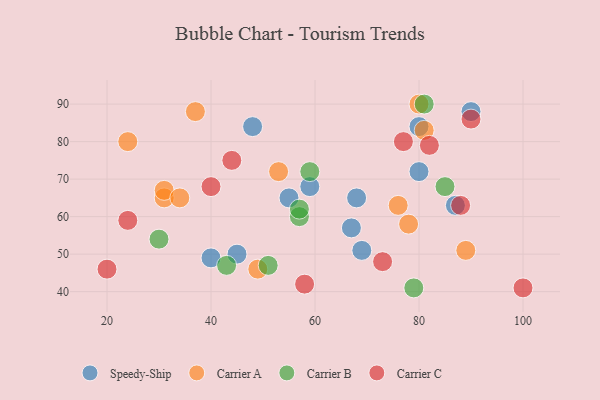
{"axis": {"x": "GDP", "y": "Life Expectancy"}, "legend": ["Carrier A", "Carrier B", "Carrier C", "Speedy-Ship"], "data": [{"x": "67", "y": 57, "type": "Speedy-Ship"}, {"x": "48", "y": 84, "type": "Speedy-Ship"}, {"x": "80", "y": 72, "type": "Speedy-Ship"}, {"x": "55", "y": 65, "type": "Speedy-Ship"}, {"x": "40", "y": 49, "type": "Speedy-Ship"}, {"x": "45", "y": 50, "type": "Speedy-Ship"}, {"x": "90", "y": 88, "type": "Speedy-Ship"}, {"x": "80", "y": 84, "type": "Speedy-Ship"}, {"x": "68", "y": 65, "type": "Speedy-Ship"}, {"x": "87", "y": 63, "type": "Speedy-Ship"}, {"x": "59", "y": 68, "type": "Speedy-Ship"}, {"x": "69", "y": 51, "type": "Speedy-Ship"}, {"x": "37", "y": 88, "type": "Carrier A"}, {"x": "81", "y": 83, "type": "Carrier A"}, {"x": "49", "y": 46, "type": "Carrier A"}, {"x": "24", "y": 80, "type": "Carrier A"}, {"x": "53", "y": 72, "type": "Carrier A"}, {"x": "80", "y": 90, "type": "Carrier A"}, {"x": "31", "y": 65, "type": "Carrier A"}, {"x": "31", "y": 67, "type": "Carrier A"}, {"x": "78", "y": 58, "type": "Carrier A"}, {"x": "89", "y": 51, "type": "Carrier A"}, {"x": "34", "y": 65, "type": "Carrier A"}, {"x": "76", "y": 63, "type": "Carrier A"}, {"x": "51", "y": 47, "type": "Carrier B"}, {"x": "81", "y": 90, "type": "Carrier B"}, {"x": "85", "y": 68, "type": "Carrier B"}, {"x": "79", "y": 41, "type": "Carrier B"}, {"x": "43", "y": 47, "type": "Carrier B"}, {"x": "30", "y": 54, "type": "Carrier B"}, {"x": "59", "y": 72, "type": "Carrier B"}, {"x": "57", "y": 60, "type": "Carrier B"}, {"x": "57", "y": 62, "type": "Carrier B"}, {"x": "73", "y": 48, "type": "Carrier C"}, {"x": "24", "y": 59, "type": "Carrier C"}, {"x": "77", "y": 80, "type": "Carrier C"}, {"x": "100", "y": 41, "type": "Carrier C"}, {"x": "88", "y": 63, "type": "Carrier C"}, {"x": "58", "y": 42, "type": "Carrier C"}, {"x": "20", "y": 46, "type": "Carrier C"}, {"x": "90", "y": 86, "type": "Carrier C"}, {"x": "82", "y": 79, "type": "Carrier C"}, {"x": "44", "y": 75, "type": "Carrier C"}, {"x": "40", "y": 68, "type": "Carrier C"}]}